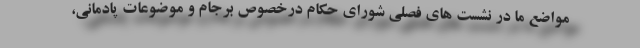
مواضع ما در نشست های فصلی شورای حکام درخصوص برجام و موضوعات پادمانی،